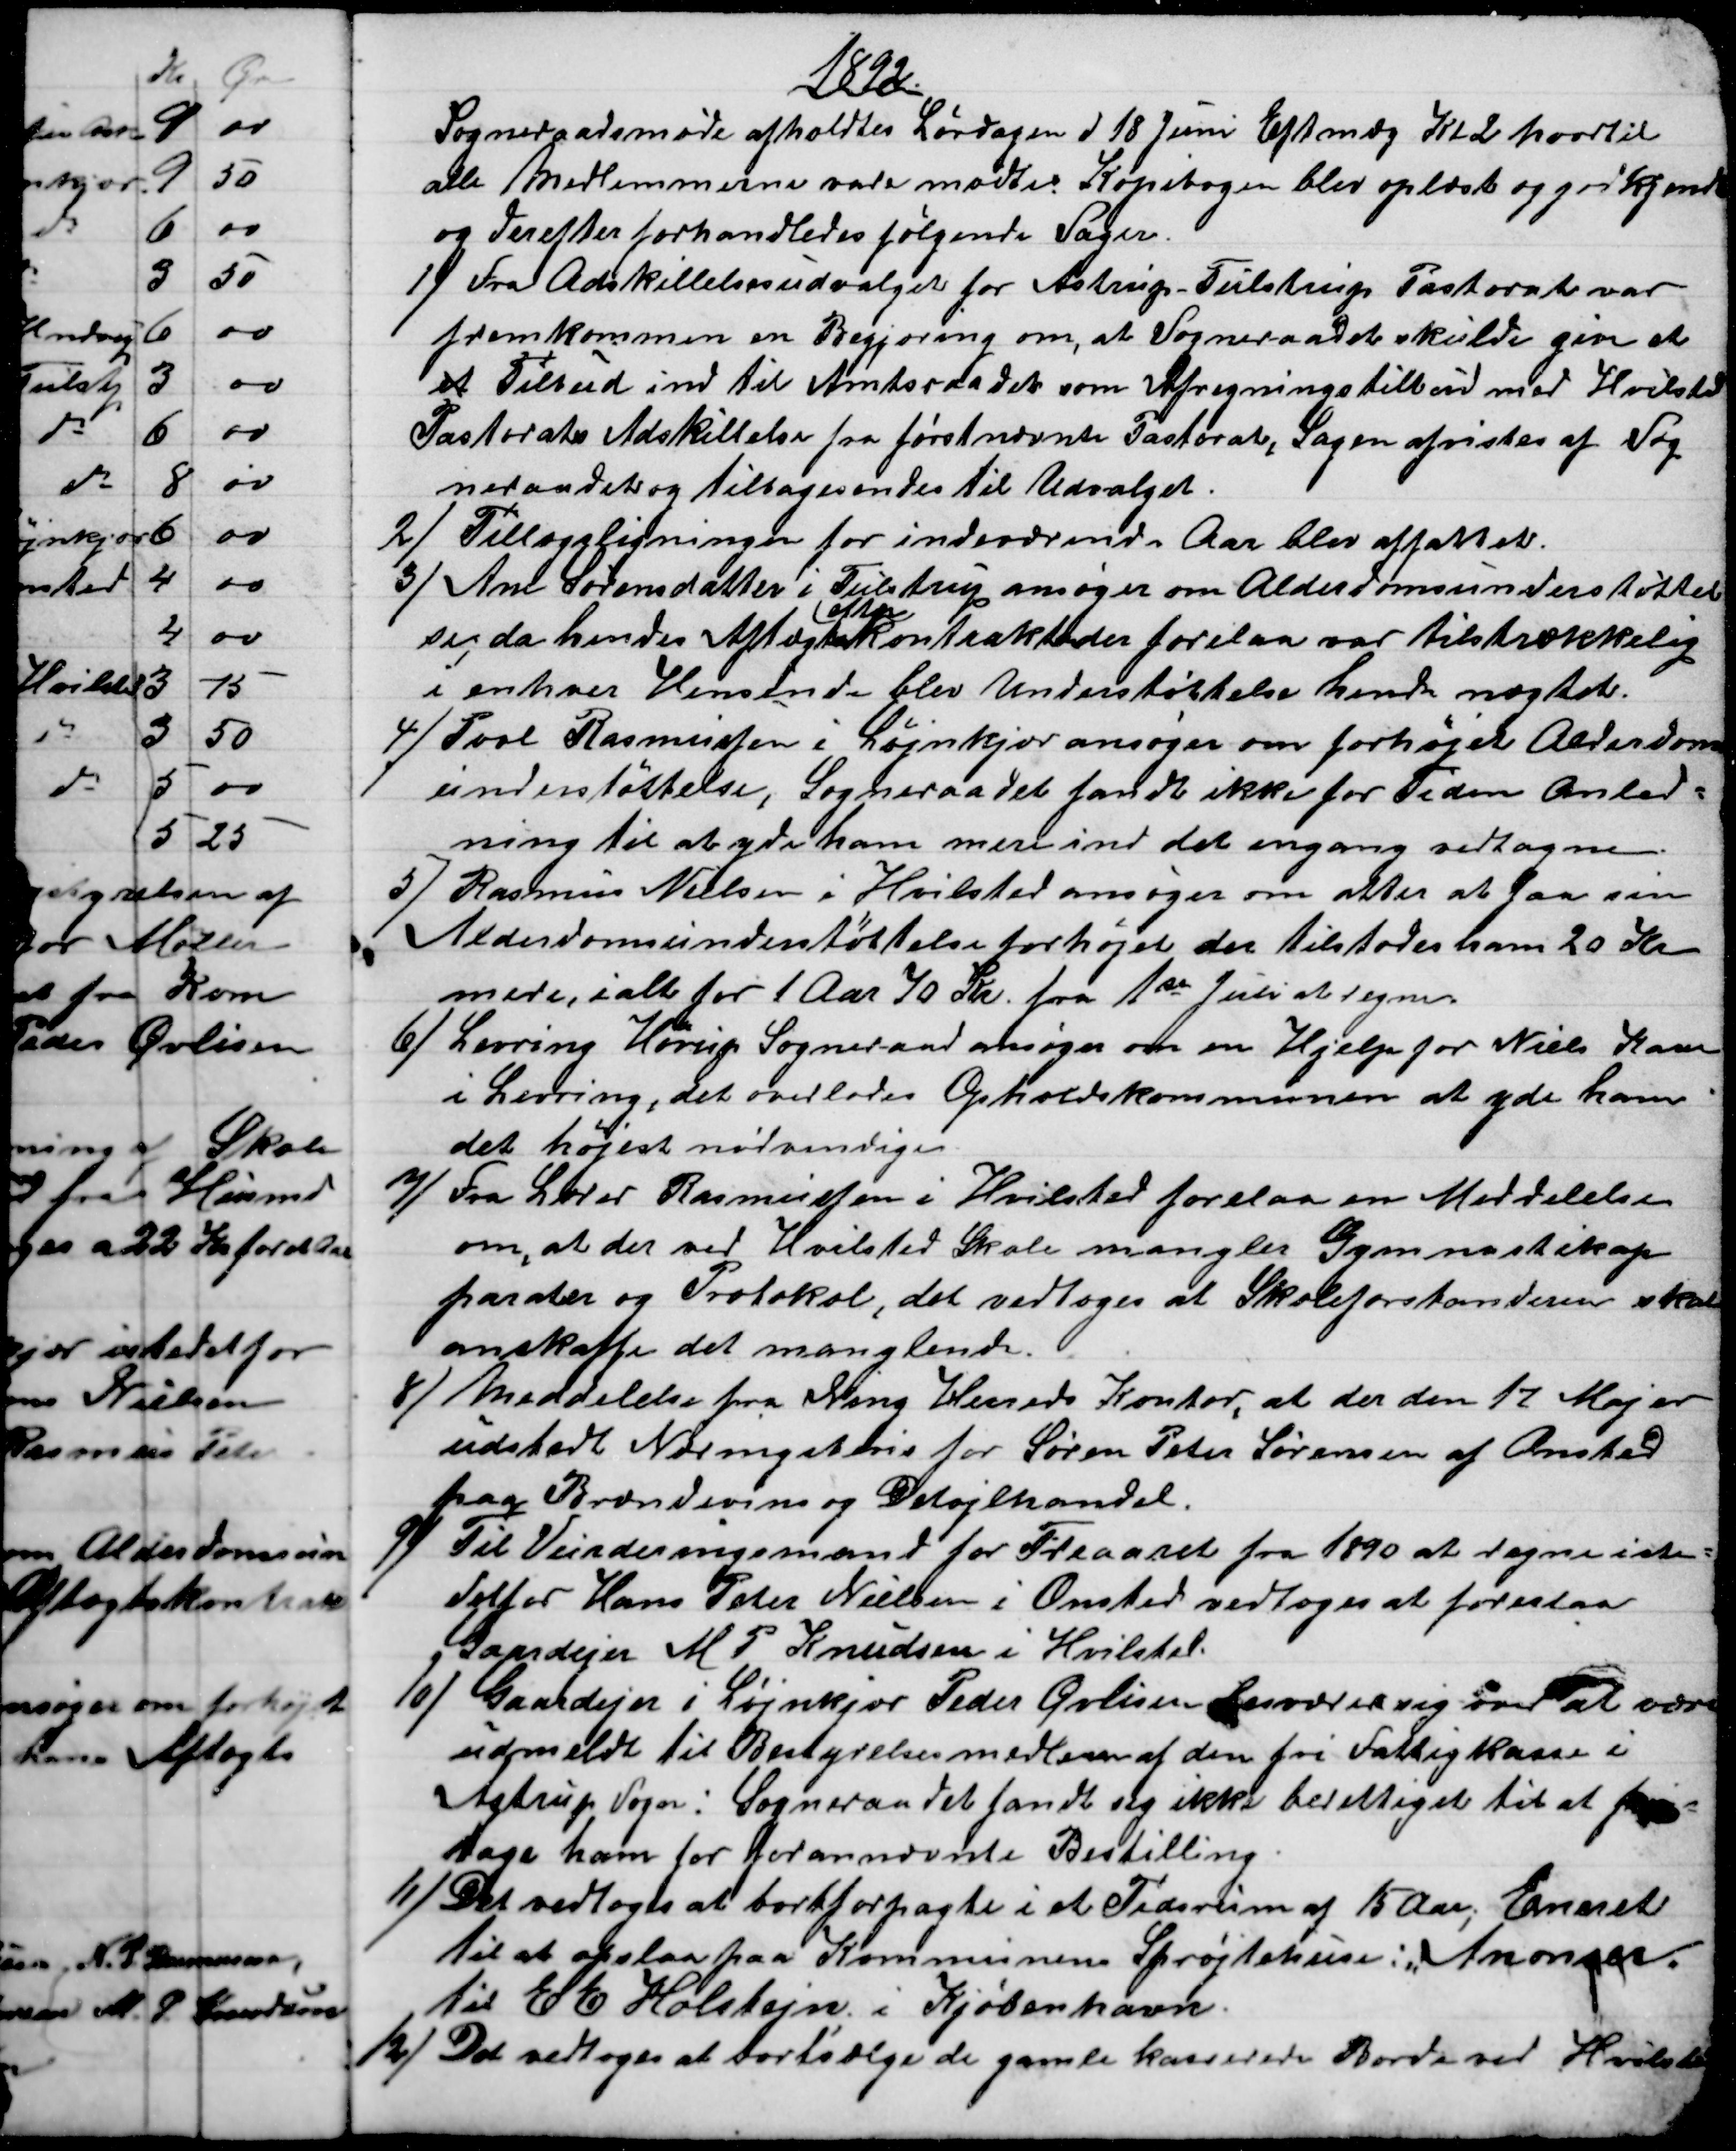
Transskription:
1892.
Sogneraadsmøde afholdtes Lørdagen d 18 Juni Eftmdg Kl. 2 hvortil
alle Medlemmerne vare mødte. Kopibogen blev oplæst og godkjendt
og derefter forhandledes følgende Sager.
1) 
Fra Adskillelsesudvalget for Astrup -Tulstrup Pastorat var
fremkommen en Begjæring om, at Sogneraadet skulde give et
et Tilbud ind til Amtsraadet som Afregningstilbud med Hvilsted
Pastorats Adskillelse fra førstnævnte Pastorat, Sagen afvistes af Sog
neraadet og tilbagesendes til Udvalget.
2)
Tillægsligningen for indeværende Aar blev affattet.
3) 
Ane Sørensdatter i Tulstrup ansøger om Alderdomsunderstøttel
se, da hendes Aftægt
efter
kontrakten der forelaa var tilstrækkelig
i enhver Hensende blev Understøttelse hende nægtet.
4)
Povl Rasmussen i Løjnkjær ansøger om forhøjet Alderdom
understøttelse, Sogneraadet fandt ikke for Tiden Anled=
ning til at yde ham mere ind det engang vedtagne.
5) 
Rasmus Nielsen i Hvilsted ansøger om atter at saa sin
Alderdomsunderstøttelse forhøjet der tilstodes ham 20 Kr
mere, ialt for 1 Aar 70 Kr. fra 1ste Juli at regne.
6) 
Levring Hørup Sogneraad ansøger om en Hjelp for Niels Hans
i Levring, det overlodes Opholdskommunen at yde ham
det højest nødvendige
7)
Fra Lærer Rasmussen i Hvilsted forelaa en Meddelelse
om, at der ved Hvilsted Skole mangler Gymnastikap
parater og Protokol, det vedtoges at Skoleforstanderen skal
amskaffe det manglende.
8)
Meddelelse fra Ning Herreds Kontor, at der den 17 Maj er
udstedt Næringsbevis for Søren Peter Sørensen af Onsted
paa Brændevins og Detajlhandel.
9)
Til Vurderingsmand for Treaaret fra 1890 at regne iste=
detfor Hans Peter Nielsen i Onsted vedtoges at foreslaa
Gaardejer M P Knudsen i Hvilsted.
10) 
Gaardejer i Løjnkjær Peder Øvlisen besværer sig over at være
udmeldt til Bestyrelsesmedlem af den fri Fattigkasse i
Astrup Sogn: Sogneraadet fandt sig ikke berettiget til at fri=
tage ham for forannævnte Bestilling.
11) 
Det vedtoges at bortforpagte i et Tidsrum af 15 Aar; Eneret
til at opslaa paa Kommunens Sprøjtehuse: "Anoncer.
til E E Holstejn i Kjøbenhavn.
12) 
Det vedtoges at bortsælge de gamle kasserede Borde ved Hvilsted